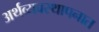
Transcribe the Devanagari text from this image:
अर्थव्यवस्थापनात